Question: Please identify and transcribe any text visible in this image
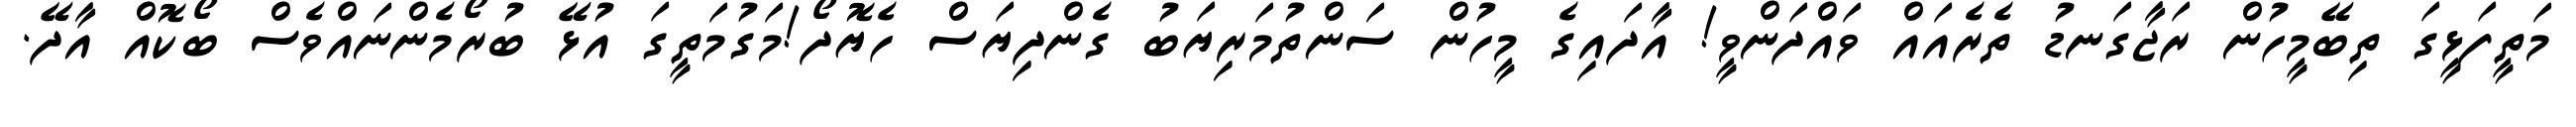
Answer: މަތީފަޅީގަ ތިބޭމީހުން ރަޖާގަނޑު ތެރެއައް ވައްދަންވީ! އާދައިގެ މީހުން ސަންތުމަރިޔަބު ގެންދިޔަސް ހެޔޮދޯ!މަގުމަތީގަ އުޅޭ ބުރޯމެންނައްވެސް ބޯކޮއް އާދޭ.